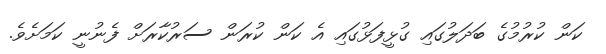
ކަން ކުރުމުގެ ބަދަލުގައި ގުޅީފަޅުގައި އެ ކަން ކުރަން ސަރުކާރަށް ފެނުނީ ކަމަށެވެ.